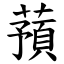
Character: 蕷